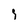
Character: 1